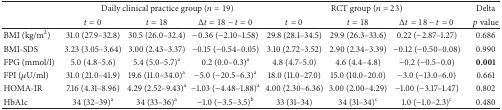
| <ROWSPAN=2>  | <COLSPAN=3> Daily clinical practice group (n = 19) | <COLSPAN=3> RCT group (n = 23) | Delta |
 | t = 0 | t = 18 | Δt = 18 − t = 0 | t = 0 | t = 18 | Δt = 18 − t = 0 | p value |
 | --- | --- | --- | --- | --- | --- | --- | --- |
 | BMI (kg/m2) | 31.0 (27.9–32.8) | 30.5 (26.0–32.4) | −0.36 (−2.10–1.58) | 29.8 (28.1–34.5) | 29.9 (26.3–33.6) | 0.22 (−2.87–1.27) | 0.686 |
 | BMI-SDS | 3.23 (3.05–3.64) | 3.00 (2.43–3.37) | −0.15 (−0.54–0.05) | 3.10 (2.72–3.52) | 2.90 (2.34–3.39) | −0.12 (−0.50–0.08) | 0.990 |
 | FPG (mmol/l) | 5.0 (4.8–5.6) | 5.4 (5.0–5.7)a | 0.2 (0.0–0.3)a | 4.8 (4.7–5.0) | 4.6 (4.4–4.8) | −0.2 (−0.5–0.0) | 0.001 |
 | FPI (μU/ml) | 31.0 (21.0–41.9) | 19.6 (11.0–34.0)a | −5.0 (−20.5–6.3)a | 18.0 (11.0–27.0) | 15.0 (10.0–20.0) | −3.0 (−13.0–6.0) | 0.661 |
 | HOMA-IR | 7.16 (4.31–8.96) | 4.29 (2.52–9.43)a | −1.03 (−4.48–1.88)a | 4.00 (2.30–6.36) | 3.00 (2.00–4.29) | −1.00 (−3.17–1.47) | 0.802 |
 | HbA1c | 34 (32–39)a | 34 (33–36)a | −1.0 (−3.5–3.5)b | 33 (31–34) | 34 (31–34)c | 1.0 (−1.0–2.3)c | 0.480 |